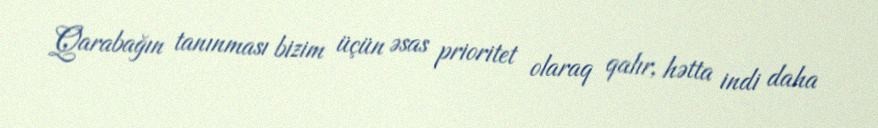
Qarabağın tanınması bizim üçün əsas prioritet olaraq qalır, hətta indi daha